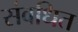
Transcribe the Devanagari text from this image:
संवधित